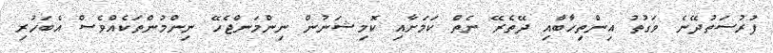
ފުރުސަތުދޭނެ ވަގުތު އިންތިހާބާއި ދޭތެރޭ ނެތް ކަމަށާއި ކޮމިޝަނުން ނިންމަންޖެހޭ ނިންމުންތަކެއްވެސް އެބަހުރި